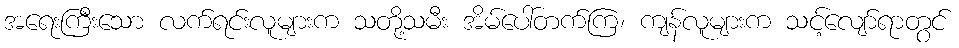
အရေးကြီးသော လက်ရင်းလူများက သတို့သမီး အိမ်ပေါ်တက်ကြ၊ ကျန်လူများက သင့်လျော်ရာတွင်